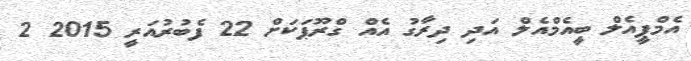
އެމްޕީއެލް ބީއެމްއެލް އަދި ދިރާގު އެއް ގްރޫޕަކަށް 22 ފެބުރުއަރީ 2015 2